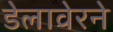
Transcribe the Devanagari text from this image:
डेलावेरने